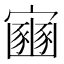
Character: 𫴠